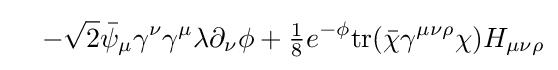
\ \ \ -{\sqrt {2}}{\bar {\psi }}_{\mu }\gamma ^{\nu }\gamma ^{\mu }\lambda \partial _{\nu }\phi +{\tfrac {1}{8}}e^{-\phi }{\text{tr}}({\bar {\chi }}\gamma ^{\mu \nu \rho }\chi )H_{\mu \nu \rho }